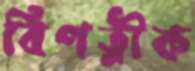
বিপত্নীক